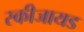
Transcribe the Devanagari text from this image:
स्कीजायड